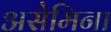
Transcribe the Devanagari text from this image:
असेमिना